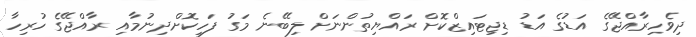
ދިވެހިރާއްޖޭގެ އަޑުގެ އަޑު ޑިޖިޓައިޒްކޮށް ރައްޔިތުންނަށް ލިބޭނެ މަގު ފަހިކޮށްދިނުމާއި ރާއްޖޭގެ ހުރިހާ